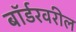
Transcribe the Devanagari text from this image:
बॉर्डरवरील